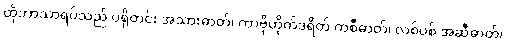
ထိုဘာသာရပ်သည် ပရိုတင်း အသားဓာတ်၊ ကာဗိုဟိုက်ဒရိတ် ကစီဓာတ်၊ လစ်ပစ် အဆီဓာတ်၊